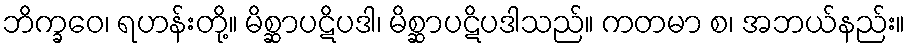
ဘိက္ခဝေ၊ ရဟန်းတို့။ မိစ္ဆာပဋိပဒါ၊ မိစ္ဆာပဋိပဒါသည်။ ကတမာ စ၊ အဘယ်နည်း။